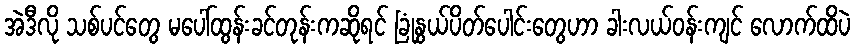
အဲဒီလို သစ်ပင်တွေ မပေါ်ထွန်းခင်တုန်းကဆိုရင် ခြုံနွယ်ပိတ်ပေါင်းတွေဟာ ခါးလယ်ဝန်းကျင် လောက်ထိပဲ